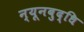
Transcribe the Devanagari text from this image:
न्यूनबुद्धि